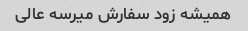
همیشه زود سفارش میرسه عالی